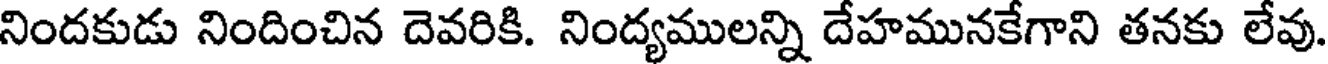
నిందకుడు నిందించిన దెవరికి. నింద్యములన్ని దేహమునకేగాని తనకు లేవు